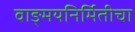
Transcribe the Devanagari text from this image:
वाङ्मयनिर्मितीचा